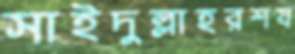
সাইদুল্লাহরশয